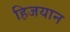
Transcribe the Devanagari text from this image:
हिजयान